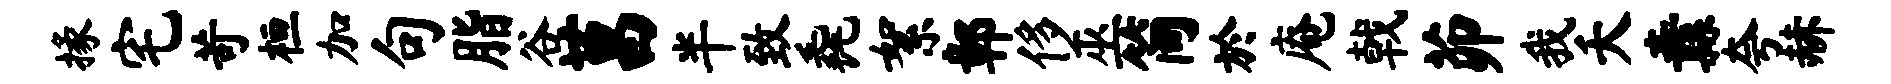
掾宅苛桓加句脂谷莒半致毳絮鄣侈巫简於庵戟茆我夭纛夸赫